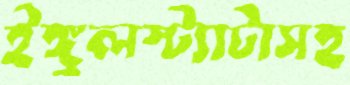
ইঙ্গুলস্ট্যাটাসহ